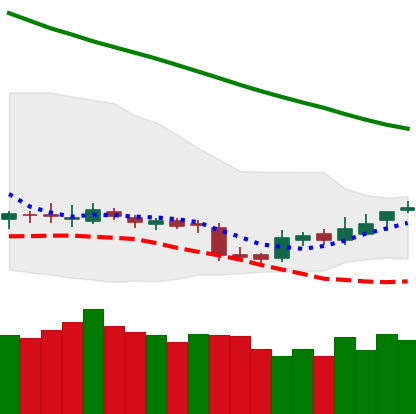
Ticker: BNB-USD
Chart end date: 2018-11-07
Forward return: -4.642%
Label: down_3_5